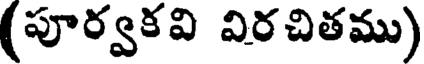
(పూర్వకవి విరచితము)